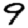
Digit: 9